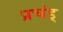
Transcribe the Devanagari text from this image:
प्रचंड्